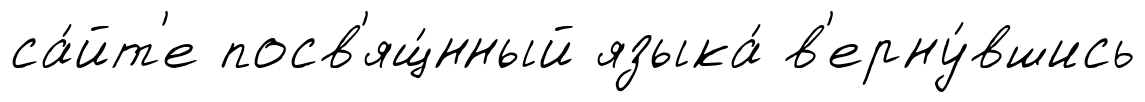
са́йт'е посв'ящ́нный языка́ в'ерну́вшись